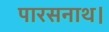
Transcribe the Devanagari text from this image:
पारसनाथ।